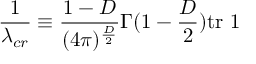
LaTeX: \frac { 1 } { \lambda _ { c r } } \equiv \frac { 1 - D } { ( 4 \pi ) ^ { \frac { D } { 2 } } } \Gamma ( 1 - \frac { D } { 2 } ) \mathrm { t r } \mathrm { \boldmath ~ 1 ~ }